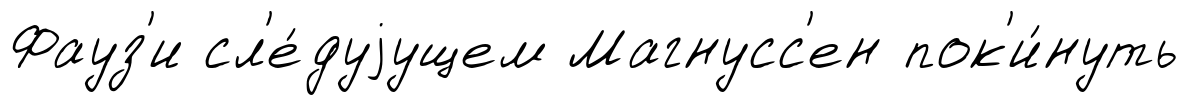
Фауз'и сл'е́дуjущем Магнусс'ен пок'и́нуть